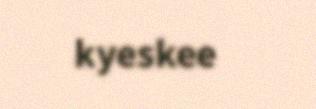
kyeskee